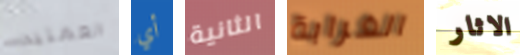
العمليه أي الثانية الغرابة الاثار